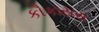
કૌકાસસ